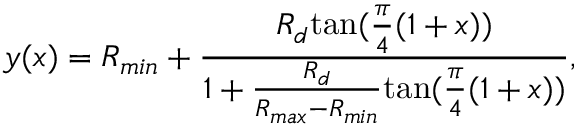
y ( x ) = R _ { m i n } + \frac { R _ { d } \mathrm { t a n } ( \frac { \pi } { 4 } ( 1 + x ) ) } { 1 + \frac { R _ { d } } { R _ { m a x } - R _ { m i n } } \mathrm { t a n } ( \frac { \pi } { 4 } ( 1 + x ) ) } ,